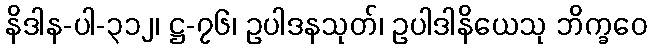
နိဒါန-ပါ-၃၁၂၊ ဋ္ဌ-၇၆၊ ဥပါဒနသုတ်၊ ဥပါဒါနိယေသု ဘိက္ခဝေ